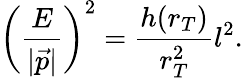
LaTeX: \left(\frac{E}{|\vec{p}|}\right)^{2}=\frac{h(r_{T})}{r_{T}^{2}}l^{2}.